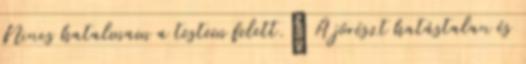
Nincs hatalmam a testem felett.” A jórészt hatástalan és